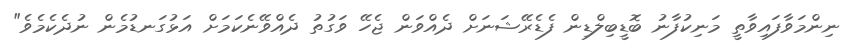
ނިންމަވާފައިވާތީ މަނިކުފާނު ބޮޑީބިލްޑިން ފެޑެރޭޝަނަށް ދެއްވަން ޖެހޭ ވަގުތު ދެއްވޭނެކަމަށް އަޅުގަނޑުމެން ނުދެކެމެވެ"